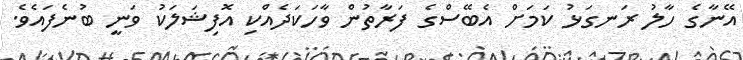
އޭނާގެ ހާލު ރަނގަޅު ކަމަށް އެބޭސްގެ ފަރާތުން ވާހަކަދެއްކި އޮފިޝަލަކު ވަނީ ބުނެފައެވެ.